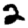
Digit: 2